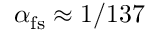
\alpha _ { \mathrm { f s } } \approx 1 / 1 3 7